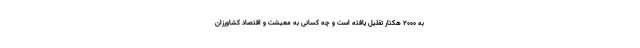
به 2000 هکتار تقلیل یافته است و چه کسانی به معیشت و اقتصاد کشاورزان